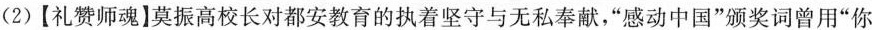
(2)【礼赞师魂】莫振高校长对都安教育的执着坚守与无私奉献，”感动中国”颁奖词曾用”你